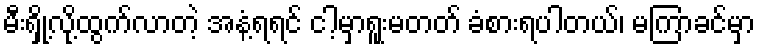
မီးရှို့လို့ထွက်လာတဲ့ အနံ့ရရင် ငါ့မှာရူးမတတ် ခံစားရပါတယ်၊ မကြာခင်မှာ